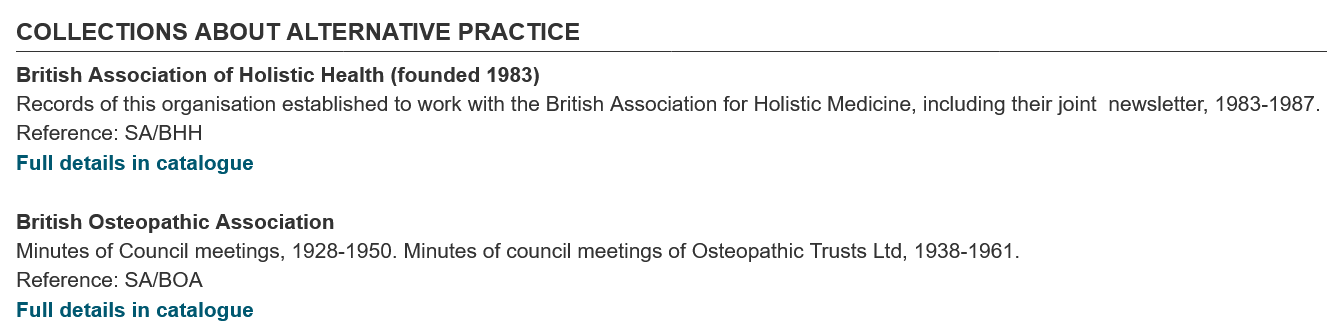
COLLECTIONS    ABOUT    ALTERNATIVE    PRACTICE
  British Association of Holistic Health (founded 1983)
  Records of this organisation established to work with the British Association for Holistic Medicine, including their joint newsletter, 1983-1987
  Reference: SA/BHH
  Full details in catalogue

  British Osteopathic Association
  Minutes of Council meetings, 1928-1950. Minutes of council meetings of Osteopathic Trusts Ltd, 1938-1961.
  Reference: SA/BOA
  Full details in catalogue